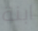
ابنة